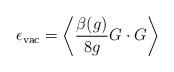
LaTeX: \begin{align*}\epsilon_{{\rm vac}} = \left< \frac{\beta (g)}{8g} G \cdot G\right> \end{align*}